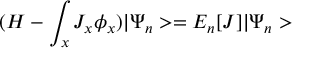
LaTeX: ( H - \int _ { x } J _ { x } \phi _ { x } ) | \Psi _ { n } > = E _ { n } [ J ] | \Psi _ { n } >